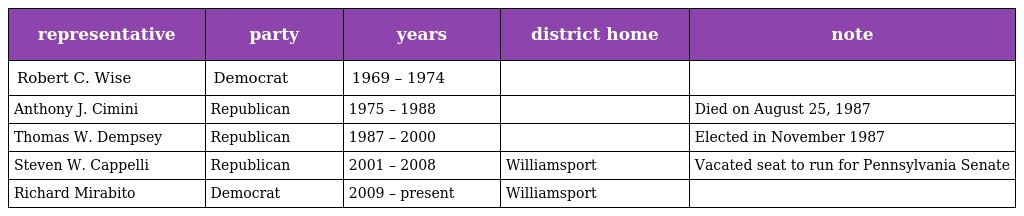
| representative | party | years | district home | note |
 | --- | --- | --- | --- | --- |
 | Robert C. Wise | Democrat | 1969 – 1974 |  |  |
 | Anthony J. Cimini | Republican | 1975 – 1988 |  | Died on August 25, 1987 |
 | Thomas W. Dempsey | Republican | 1987 – 2000 |  | Elected in November 1987 |
 | Steven W. Cappelli | Republican | 2001 – 2008 | Williamsport | Vacated seat to run for Pennsylvania Senate |
 | Richard Mirabito | Democrat | 2009 – present | Williamsport |  |